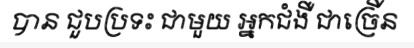
បាន ជួបប្រទះ ជាមួយ អ្នកជំងឺ ជាច្រើន